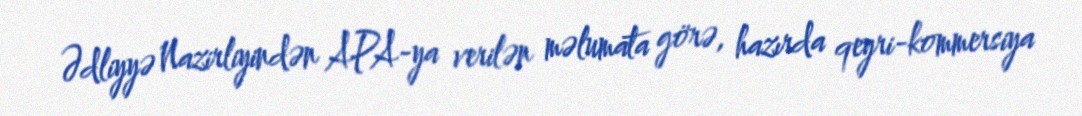
Ədliyyə Nazirliyindən APA-ya verilən məlumata görə, hazırda qeyri-kommersiya